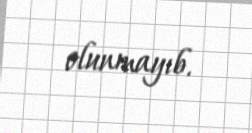
olunmayıb.